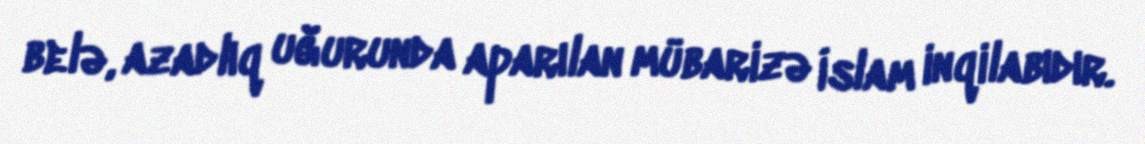
belə, azadlıq uğurunda aparılan mübarizə İslam inqilabıdır.